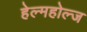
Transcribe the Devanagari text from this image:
हेल्महोल्ज